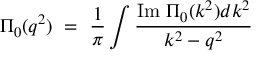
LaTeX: \Pi _ { 0 } ( q ^ { 2 } ) \ = \ \frac 1 \pi \int \frac { \mathrm { I m ~ } \Pi _ { 0 } ( k ^ { 2 } ) d k ^ { 2 } } { k ^ { 2 } - q ^ { 2 } }